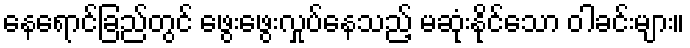
နေရောင်ခြည်တွင် ဖွေးဖွေးလှုပ်နေသည့် မဆုံးနိုင်သော ဝါခင်းများ။